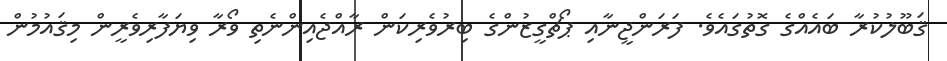
ޤަބޫލުކުރާ ބައެއްގެ ގޮތުގައެވެ. ފަރަންޖީނާއި ޕޯޗްގީޒުންގެ ބިރުވެރިކަން ރާއްޖެއިންނެތި ވޯރާ ވިޔަފާރިވެރީން މިޤައުމުން